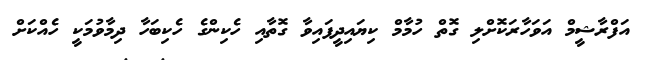
އަފްރާޝީމް އަވަހާރަކޮށްލި ގޮތް ހުމާމް ކިޔައިދީފައިވާ ގޮތާއި ހެކިންގެ ހެކިބަހާ ދިމާވުމަކީ ހެއްކަށް